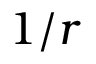
1 / r